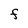
Character: F